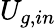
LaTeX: U_{g,in}